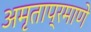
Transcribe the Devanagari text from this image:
अमृताप्रमाणे